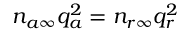
n _ { a \infty } q _ { a } ^ { 2 } = n _ { r \infty } q _ { r } ^ { 2 }